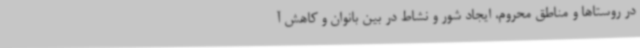
در روستاها و مناطق محروم، ایجاد شور و نشاط در بین بانوان و کاهش آ